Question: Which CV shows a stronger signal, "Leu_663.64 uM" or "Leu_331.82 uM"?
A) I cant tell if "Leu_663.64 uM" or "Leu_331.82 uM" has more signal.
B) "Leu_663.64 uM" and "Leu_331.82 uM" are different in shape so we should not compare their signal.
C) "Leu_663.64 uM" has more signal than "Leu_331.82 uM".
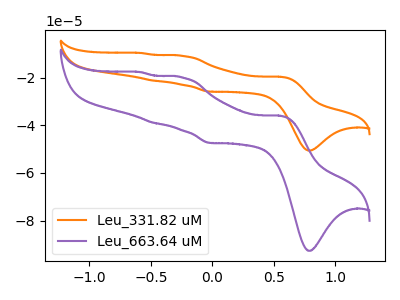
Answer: <think>The orange curve "Leu_331.82 uM" has anodic peaks at (0.55V, -19.65uA) (-0.25V, -10.90uA) (-0.50V, -21.30uA) (-0.60V, -9.70uA) and cathodic peaks at (0.80V, -50.60uA) (0.00V, -25.90uA). The purple curve "Leu_663.64 uM" has anodic peaks at (0.55V, -36.00uA) (-0.25V, -19.95uA) (-0.50V, -39.00uA) (-0.60V, -17.75uA) and cathodic peaks at (0.80V, -92.65uA) (0.00V, -47.40uA).
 All the peaks in "Leu_663.64 uM" have a peak in "Leu_331.82 uM" at the same potential.</think>
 <answer>A) I cant tell if "Leu_663.64 uM" or "Leu_331.82 uM" has more signal.</answer>
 <eval>A</eval>